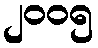
၂၀၀၅